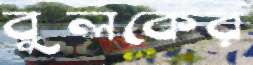
বুলকের